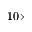
1 0 \times